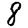
Digit: 8